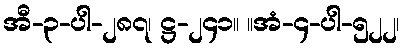
အီ-၃-ပါ-၂၈၇၊ ဋ္ဌ-၂၄၁။ ။အံ-၄-ပါ-၅၂၂၊